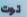
توت